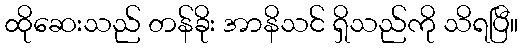
ထိုဆေးသည် တန်ခိုး အာနိသင် ရှိသည်ကို သိရပြီ။